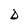
Character: D